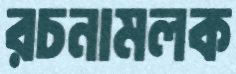
রচনামলক